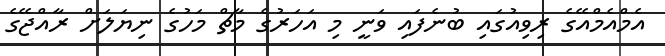
އެމްއެމްއޭގެ ރިވިއުގައި ބުނެފައި ވަނީ މި އަހަރުގެ މާޗް މަހުގެ ނިޔަލަށް ރާއްޖޭގެ